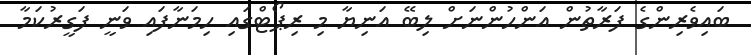
ބައިވެރިންގެ ފަރާތުން އަންހުންނަށް ލިބޭ އަނިޔާ މި ރިޕޯޓްގައި ހިމަނާފައި ވަނީ ފަގީރުކަމާ